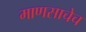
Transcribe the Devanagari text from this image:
माणसाचेच